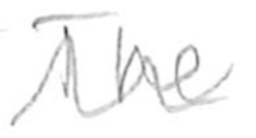
Text: The
Cross-out: wave
Writing tool: pencil